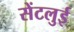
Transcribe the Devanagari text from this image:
सेंटलुई